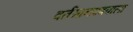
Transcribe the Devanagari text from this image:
वर्तमानपत्रवाला